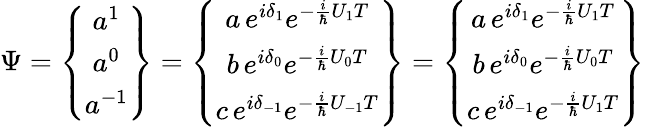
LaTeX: \Psi=\left\{ \begin{array}{c}{{a^{1}}}\\ {{a^{0}}}\\ {{a^{-1}}}\end{array}\right\} =\left\{ \begin{array}{c}{{a\, e^{i\delta_{1}}e^{-\frac{i}{\hbar}U_{1}T}}}\\ {{b\, e^{i\delta_{0}}e^{-\frac{i}{\hbar}U_{0}T}}}\\ {{c\, e^{i\delta_{-1}}e^{-\frac{i}{\hbar}U_{-1}T}}}\end{array}\right\} =\left\{ \begin{array}{c}{{a\, e^{i\delta_{1}}e^{-\frac{i}{\hbar}U_{1}T}}}\\ {{b\, e^{i\delta_{0}}e^{-\frac{i}{\hbar}U_{0}T}}}\\ {{c\, e^{i\delta_{-1}}e^{-\frac{i}{\hbar}U_{1}T}}}\end{array}\right\}